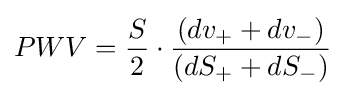
PWV={\frac {S}{2}}\cdot {\frac {(dv_{+}+dv_{-})}{(dS_{+}+dS_{-})}}